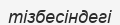
тізбесіндегі